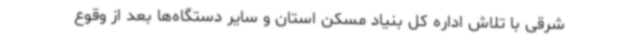
شرقی با تلاش اداره کل بنیاد مسکن استان و سایر دستگاه‌ها بعد از وقوع